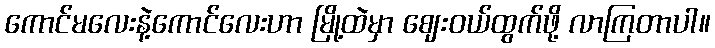
ကောင်မလေးနဲ့ကောင်လေးဟာ မြို့ထဲမှာ ဈေးဝယ်ထွက်ဖို့ လာကြတာပါ။